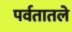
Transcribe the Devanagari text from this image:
पर्वतातले